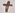
Text: +